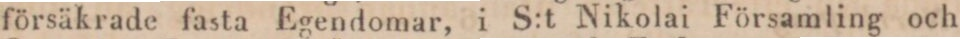
försäkrade fasta Egendomar, i S:t Nikolai Församling och